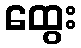
ထွေး